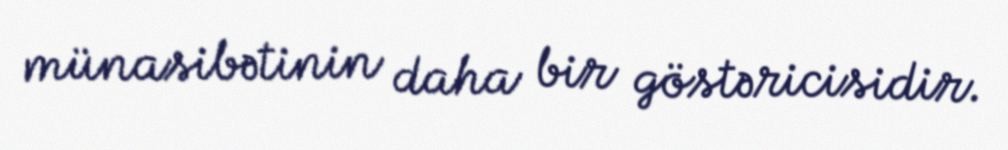
münasibətinin daha bir göstəricisidir.